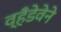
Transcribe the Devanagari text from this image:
व्हँडेवेने